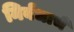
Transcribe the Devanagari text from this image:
निर्बंधाचे